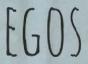
EGOS